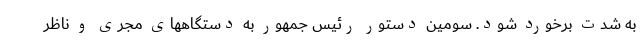
به شدت برخورد شود. سومین دستور رئیس جمهور به دستگاههای مجری و ناظر